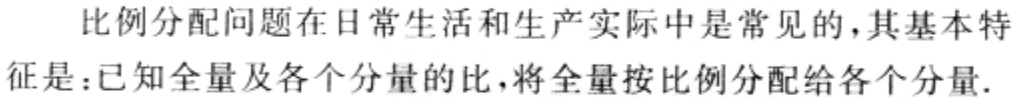
比例分配问题在日常生活和生产实际中是常见的，其基本特征是：已知全量及各个分量的比，将全量按比例分配给各个分量.